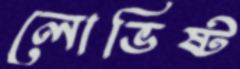
লোভিষ্ট